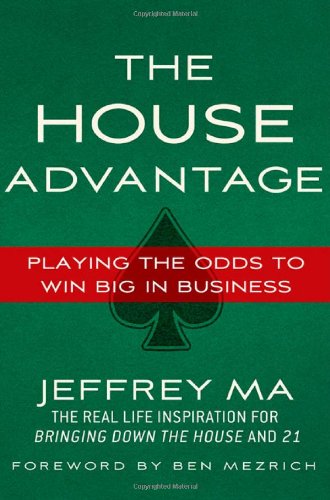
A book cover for The House Advantage: Playing the Odds to Win Big In Business; Jeffrey Ma; Health, Fitness & Dieting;